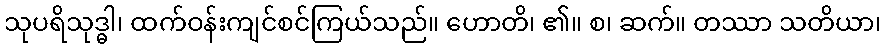
သုပရိသုဒ္ဓါ၊ ထက်ဝန်းကျင်စင်ကြယ်သည်။ ဟောတိ၊ ၏။ စ၊ ဆက်။ တဿာ သတိယာ၊